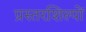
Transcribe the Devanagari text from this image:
प्रस्तरशिल्पों